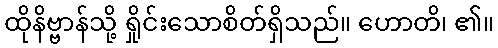
ထိုနိဗ္ဗာန်သို့ ရှိုင်းသောစိတ်ရှိသည်။ ဟောတိ၊ ၏။